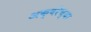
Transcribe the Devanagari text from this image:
अक्षरेच्या